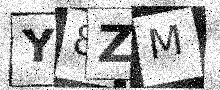
Text: Y8ZM